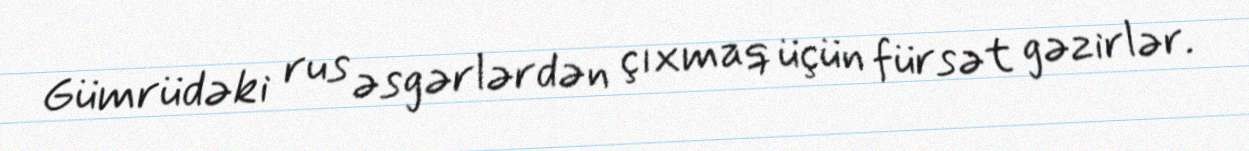
Gümrüdəki rus əsgərlərdən çıxmaq üçün fürsət gəzirlər.